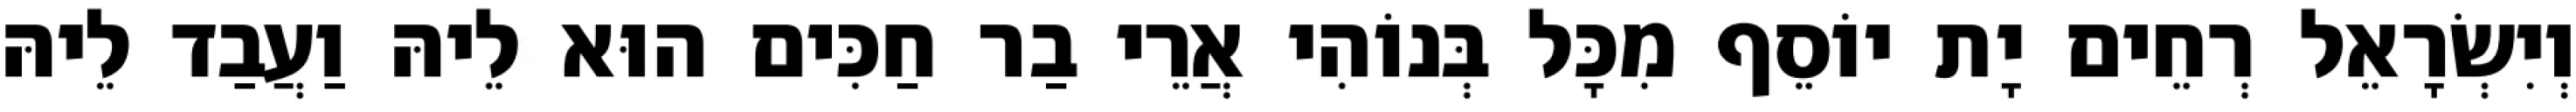
וְיִשְׂרָאֵל רְחֵים יָת יוֹסֵף מִכָּל בְּנוֹהִי אֲרֵי בַר חַכִּים הוּא לֵיהּ וַעֲבַד לֵיהּ